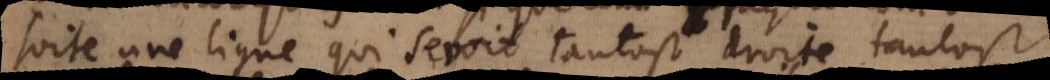
suite une ligne qui seroit tantost droite, tantost